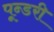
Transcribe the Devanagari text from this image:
पून्डरी